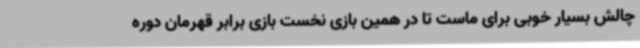
چالش بسیار خوبی برای ماست تا در همین بازی نخست بازی برابر قهرمان دوره